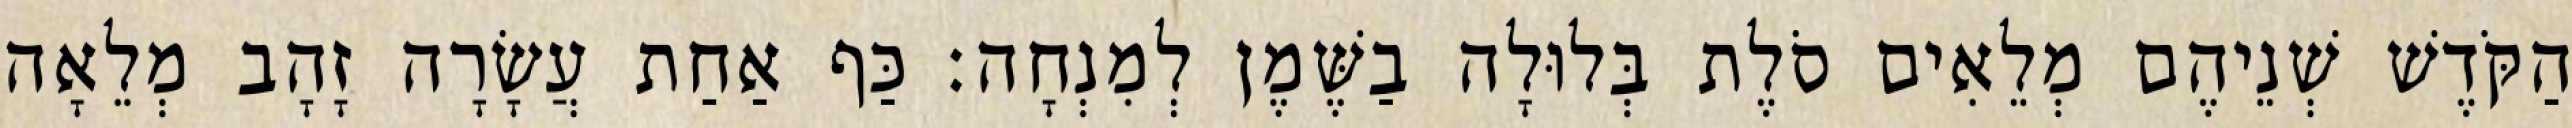
הַקֹּדֶשׁ שְׁנֵיהֶם מְלֵאִים סֹלֶת בְּלוּלָה בַשֶּׁמֶן לְמִנְחָה׃ כַּף אַחַת עֲשָׂרָה זָהָב מְלֵאָה